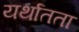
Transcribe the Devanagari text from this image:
यर्थातता